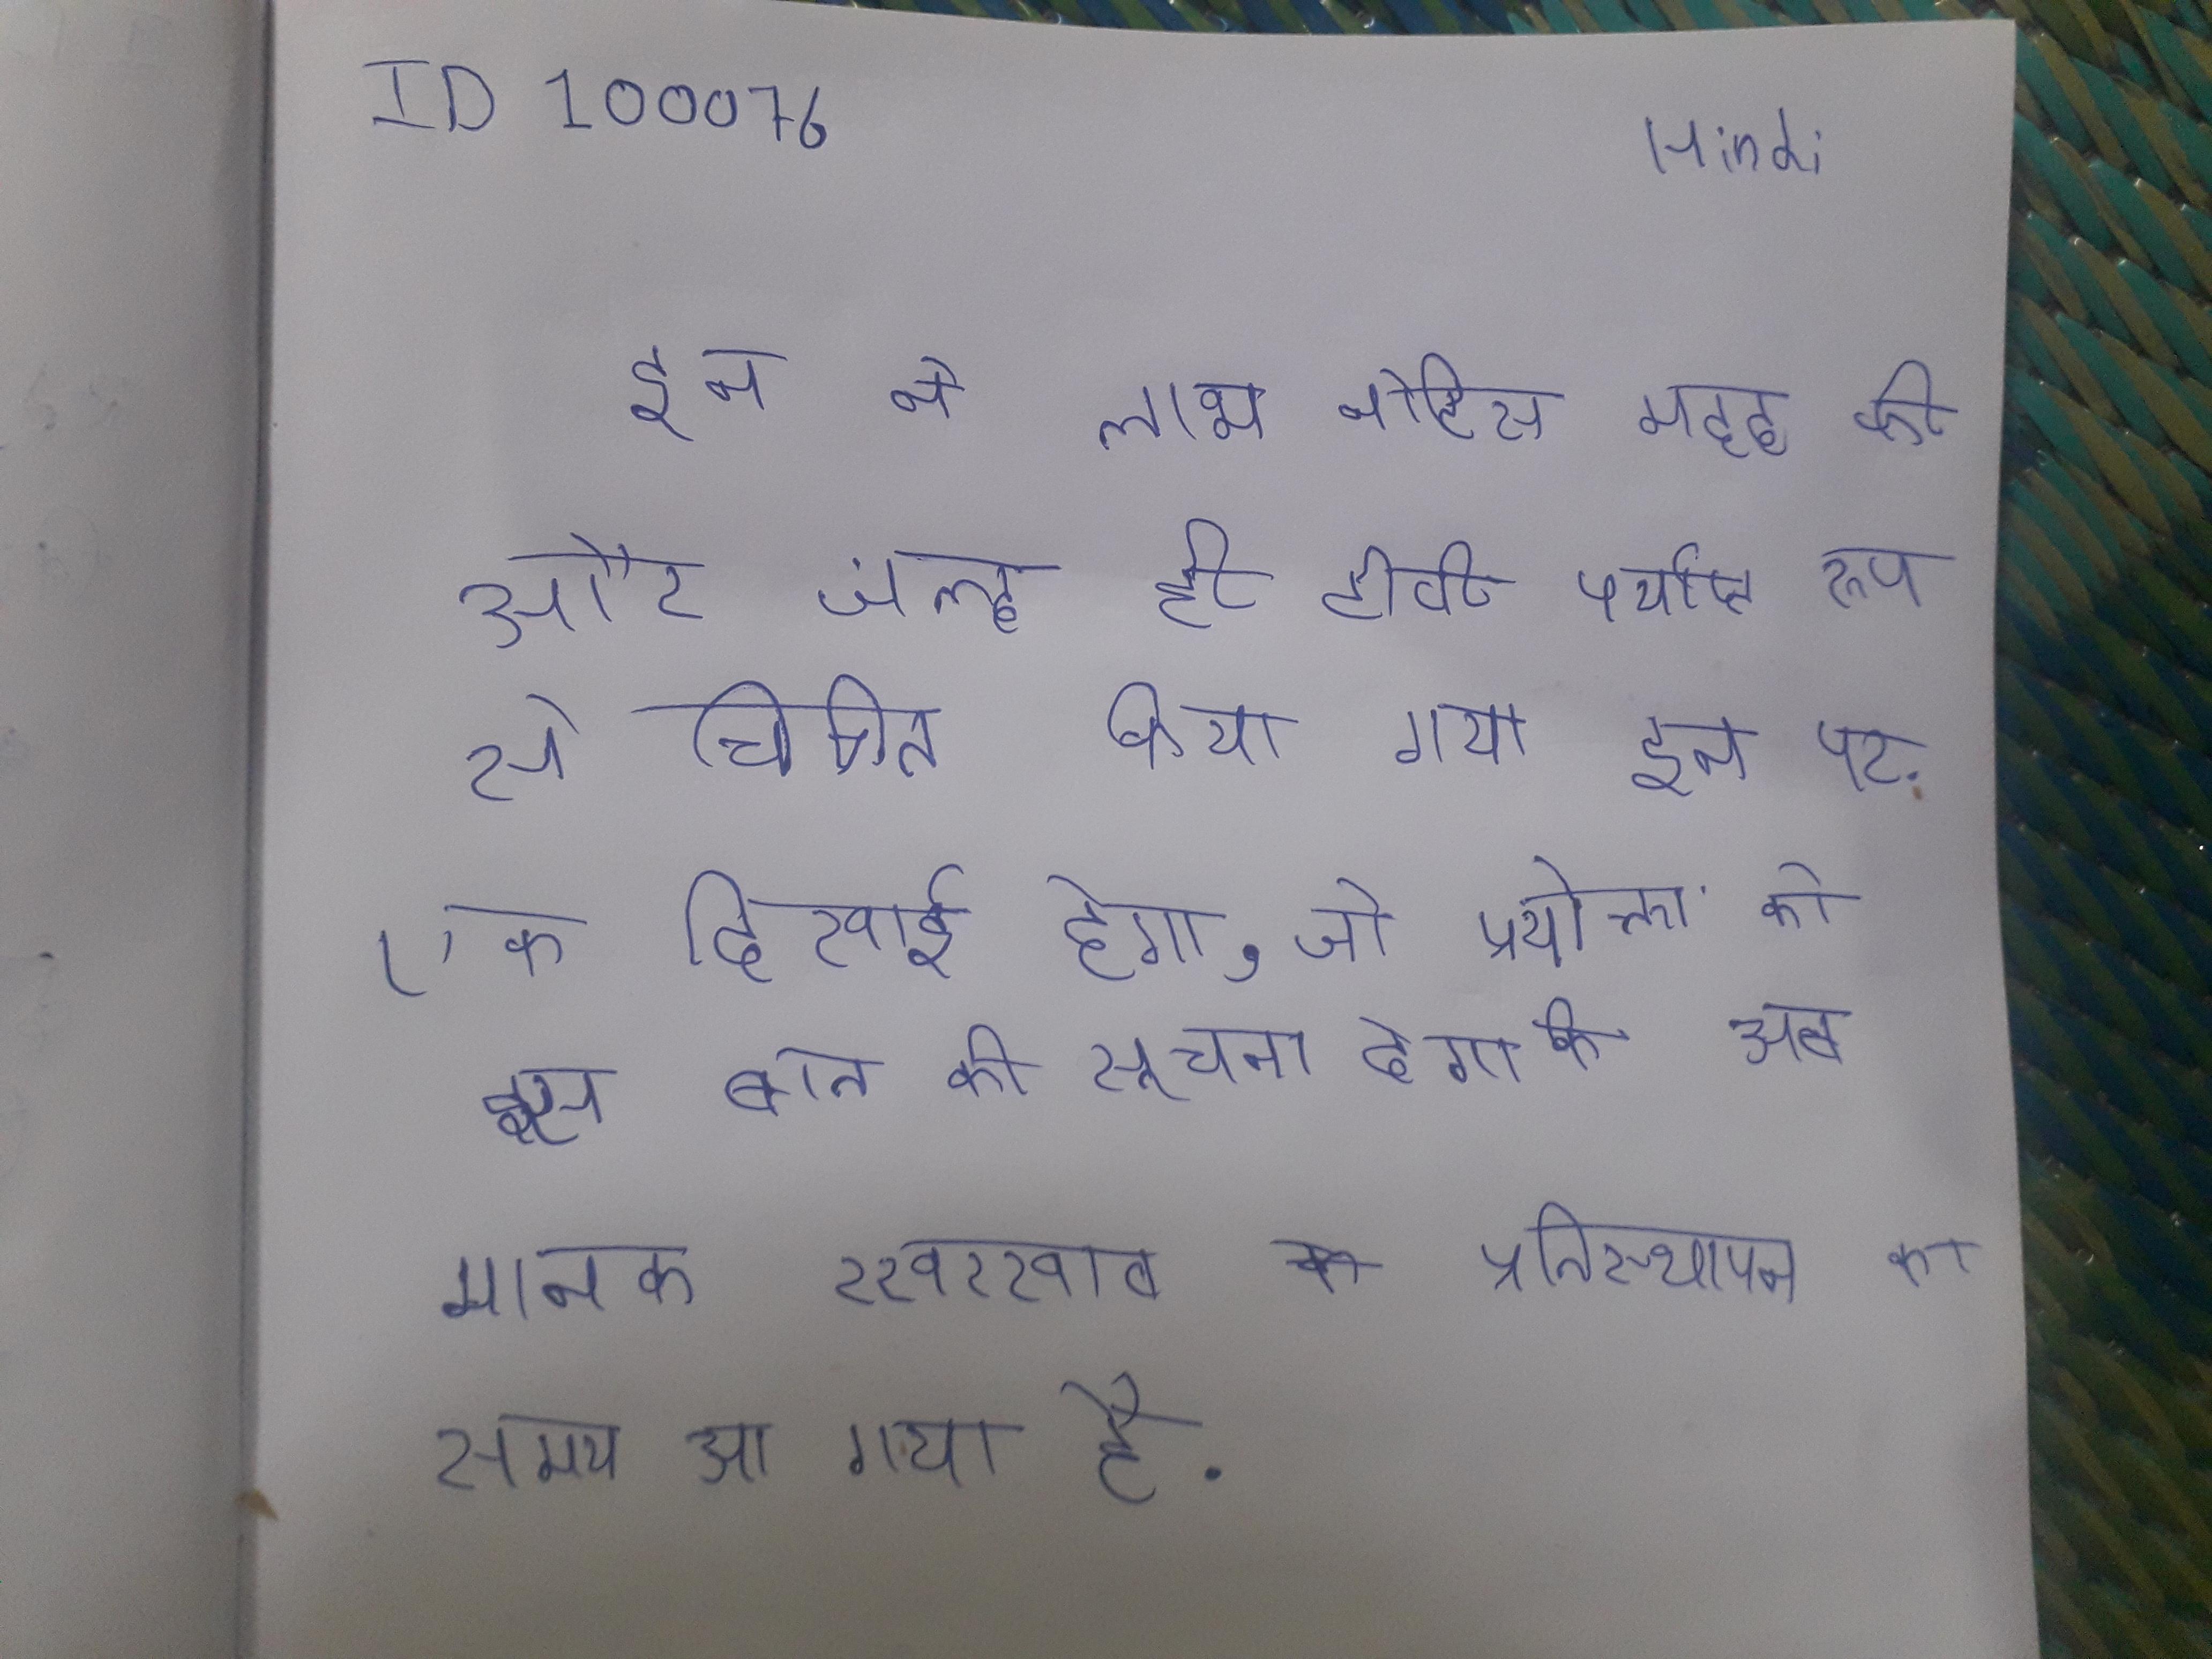
इन ने लाभ नोटिस मदद की और जल्द ही टीवी पर्याप्त रूप से चित्रित किया गया । इन पर, एक दिखाई देगा, जो प्रयोक्ता को इस बात की सूचना देगा कि अब मानक रखरखाव के प्रतिस्थापन का समय आ गया है ।